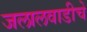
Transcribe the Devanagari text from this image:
जलालवाडीचे